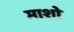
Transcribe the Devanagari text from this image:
माशो